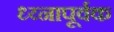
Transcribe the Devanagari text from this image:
ध्य्नापूर्वक